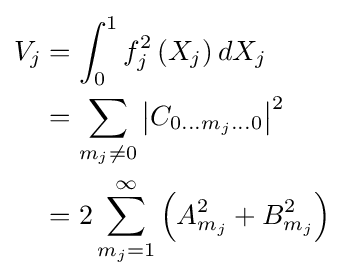
{\begin{aligned}V_{j}&=\int _{0}^{1}f_{j}^{2}\left(X_{j}\right)dX_{j}\\&=\sum _{m_{j}\neq 0}\left|C_{0\dots m_{j}\dots 0}\right|^{2}\\&=2\sum _{m_{j}=1}^{\infty }\left(A_{m_{j}}^{2}+B_{m_{j}}^{2}\right)\end{aligned}}